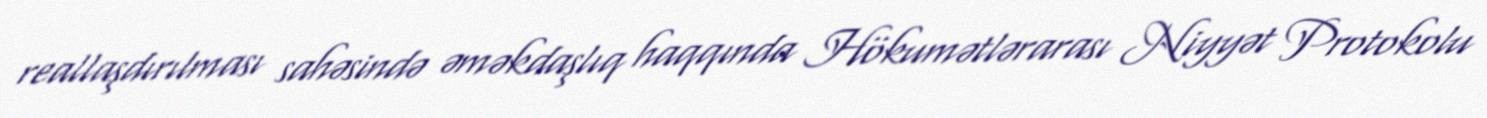
reallaşdırılması sahəsində əməkdaşlıq haqqında Hökumətlərarası Niyyət Protokolu